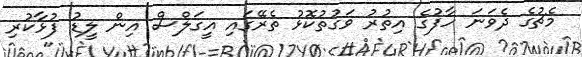
މެޗުގެ ދެވަނަ ހާފުގެ އިތުރު ވަގުތުކޮޅު ތެރޭގައި އީގަލްސް އިން ލީޑު ފުޅާކުރި